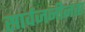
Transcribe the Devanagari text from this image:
सार्वजनीनता